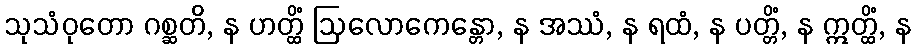
သုသံဝုတော ဂစ္ဆတိ, န ဟတ္ထိံ ဩလောကေန္တော, န အဿံ, န ရထံ, န ပတ္တိံ, န ဣတ္ထိံ, န